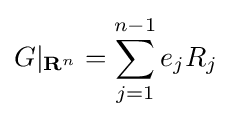
G|_{\mathbf {R} ^{n}}=\sum _{j=1}^{n-1}e_{j}R_{j}